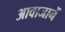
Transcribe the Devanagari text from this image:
आवाजानें